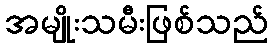
အမျိုးသမီးဖြစ်သည်